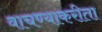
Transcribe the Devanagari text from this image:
वाचण्याकरीता